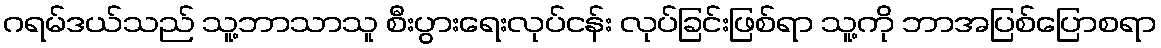
ဂရမ်ဒယ်သည် သူ့ဘာသာသူ စီးပွားရေးလုပ်ငန်း လုပ်ခြင်းဖြစ်ရာ သူ့ကို ဘာအပြစ်ပြောစရာ